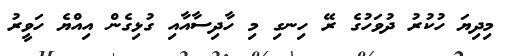
މިދިޔަ ހުކުރު ދުވަހުގެ ރޭ ހިނގި މި ހާދިސާއާއި ގުޅިގެން އިއްޔެ ހަވީރު